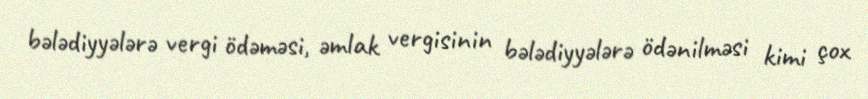
bələdiyyələrə vergi ödəməsi, əmlak vergisinin bələdiyyələrə ödənilməsi kimi çox